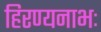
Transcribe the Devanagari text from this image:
हिरण्यनाभः